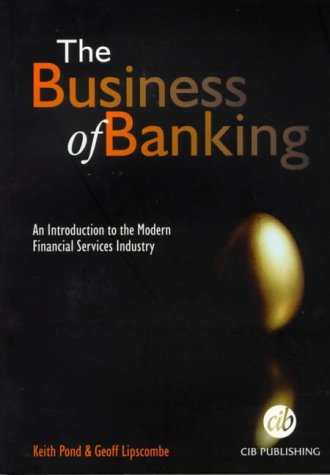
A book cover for The Business of Banking: An Introduction to the Modern Financial Services Industry; Keith Pond; Business & Money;